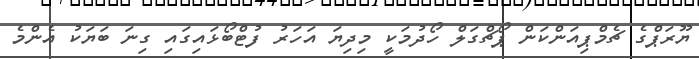
ޔޫރަޕްގެ ޗެމްޕިއަންކަން ޕޯޗްގަލް ހޯދުމަކީ މިދިޔަ އަހަރު ފުޓްބޯޅައިގައި ގިނަ ބަޔަކު އެންމެ